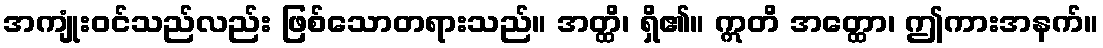
အကျုံးဝင်သည်လည်း ဖြစ်သောတရားသည်။ အတ္ထိ၊ ရှိ၏။ ဣတိ အတ္ထော၊ ဤကားအနက်။